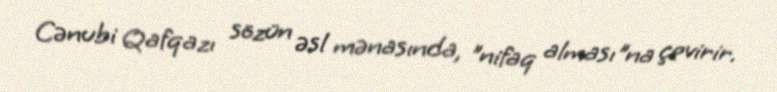
Cənubi Qafqazı sözün əsl mənasında, "nifaq alması"na çevirir.